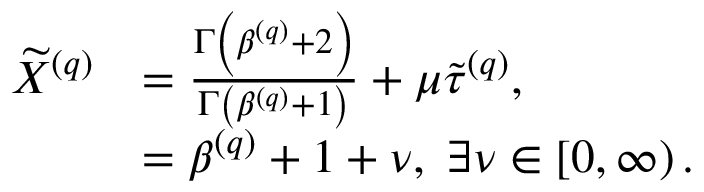
\begin{array} { r l } { \widetilde { X } ^ { \left( q \right) } } & { = \frac { \Gamma \left( \beta ^ { \left( q \right) } + 2 \right) } { \Gamma \left( \beta ^ { \left( q \right) } + 1 \right) } + \mu \widetilde { \tau } ^ { \left( q \right) } , } \\ & { = \beta ^ { \left( q \right) } + 1 + \nu , \; \exists \nu \in \left[ 0 , \infty \right) . } \end{array}